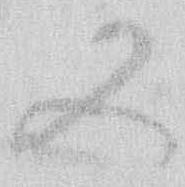
又